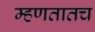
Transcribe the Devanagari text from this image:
म्हणतातच